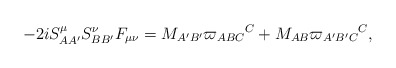
\begin{align*}-2iS_{AA^{\prime }}^{\mu }S_{BB^{\prime }}^{\nu }F_{\mu \nu }=M_{A^{\prime}B^{\prime }}\varpi _{ABC}{}^{C}+M_{AB}\varpi _{A^{\prime }B^{\prime}C}{}^{C}, \end{align*}